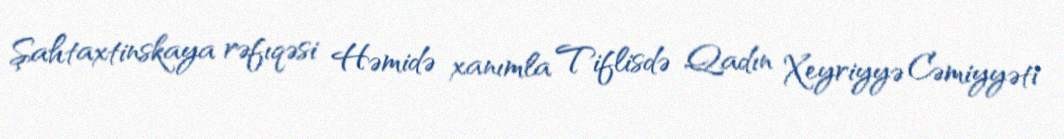
Şahtaxtinskaya rəfıqəsi Həmidə xanımla Tiflisdə Qadın Xeyriyyə Cəmiyyəti